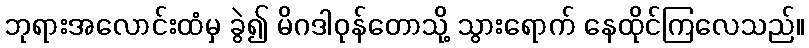
ဘုရားအလောင်းထံမှ ခွဲ၍ မိဂဒါဝုန်တောသို့ သွားရောက် နေထိုင်ကြလေသည်။